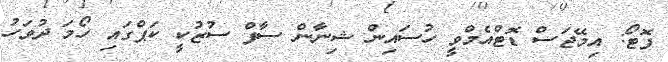
ފޮޓޯ: އިމޭޖަސް ޑޮޓްއެމްވީ ހުސައިން ޝިނާން ސާފް ސުޒުކީ ކަޕްގައި ހޯމަ ދުވަހު